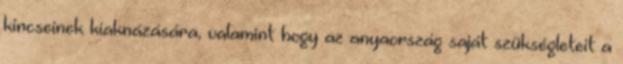
kincseinek kiaknázására, valamint hogy az anyaország saját szükségleteit a